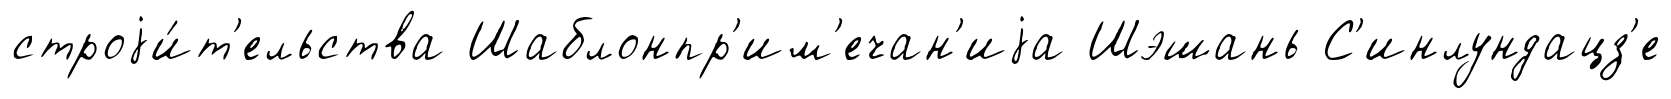
строjи́т'ельства Шаблонпр'им'ечан'иjа Шэшань С'инлундацз'е